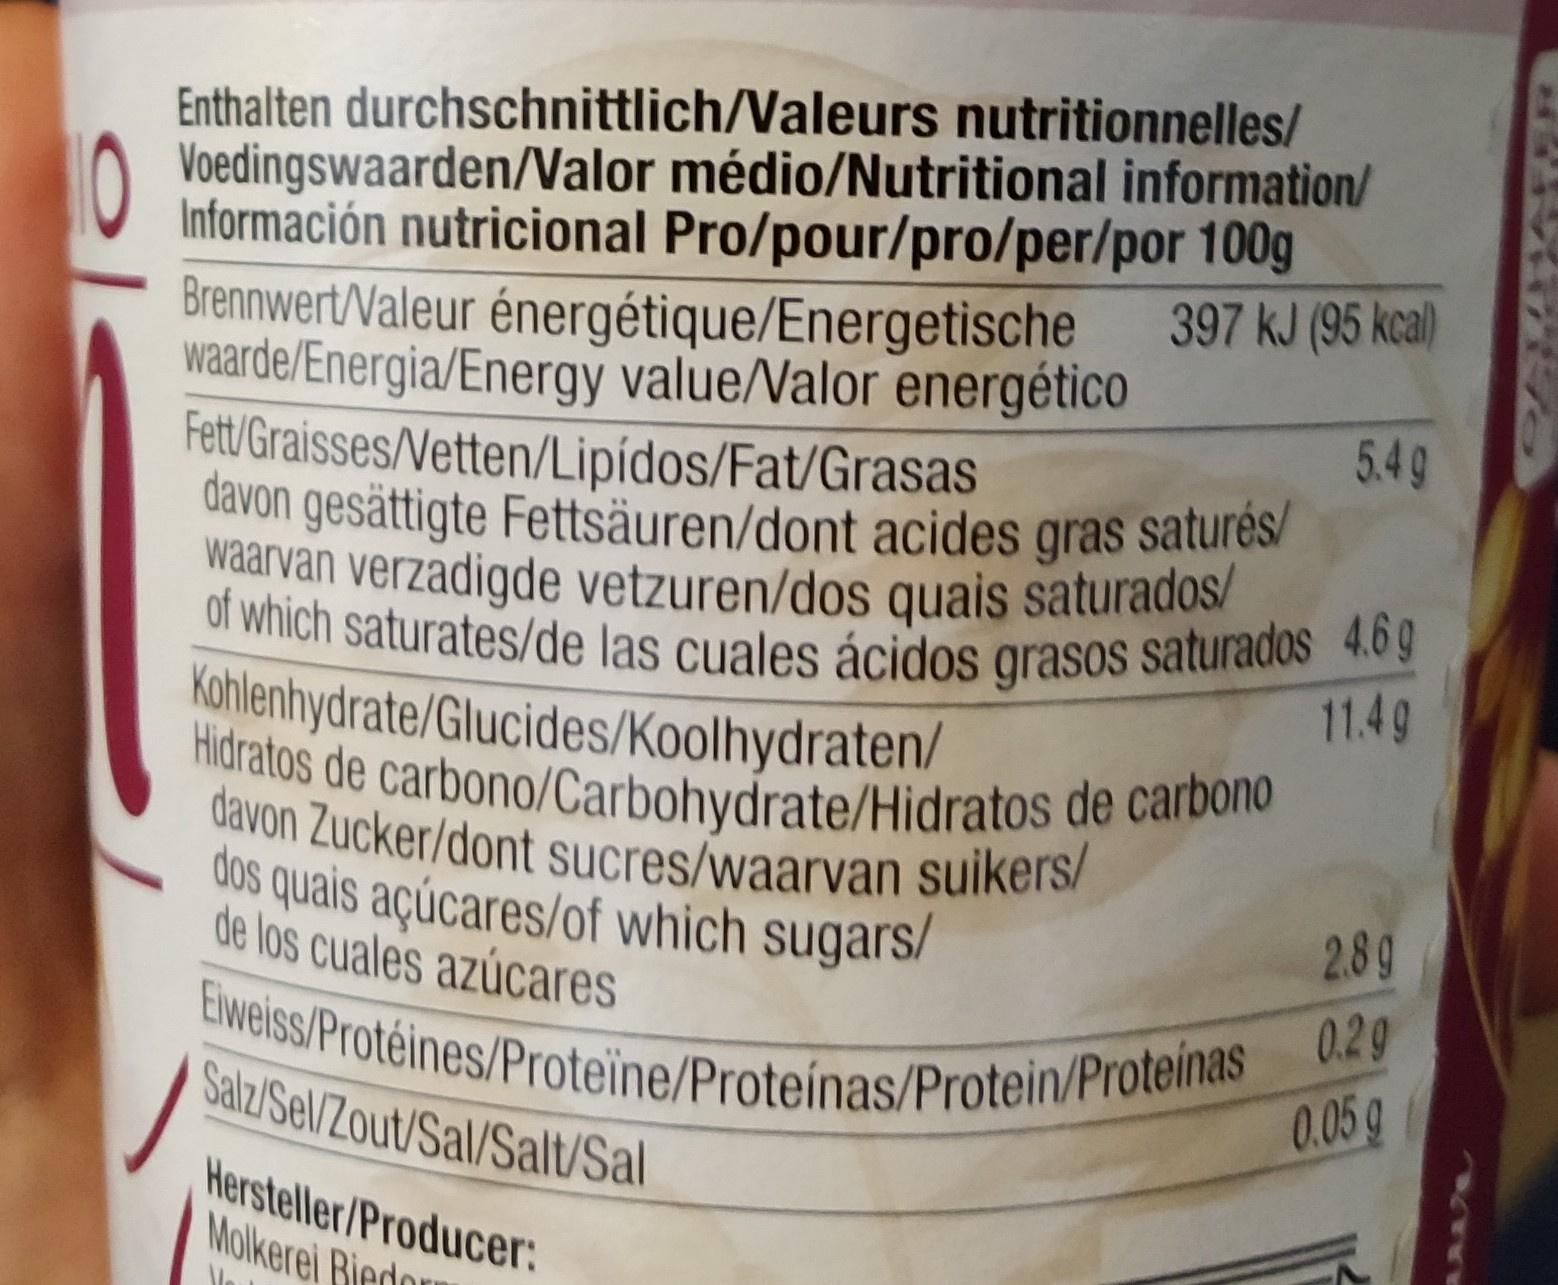
Enthalten durchschnittlich/Valeurs nutritionnelles/ O Voedingswaarden/Valor médio/Nutritional information/ Información nutricional Pro/pour/pro/per/por 100g Brennwert/Valeur énergétique/Energetische waarde/Energia/Energy value/Valor energético Fett/Graisses/Vetten/Lipídos/Fat/Grasas davon gesättigte Fettsäuren/dont acides gras saturés/ waarvan verzadigde vetzuren/dos quais saturados/ of which saturates/de las cuales ácidos grasos saturados 4.6g Kohlenhydrate/Glucides/Koolhydraten/ Hidratos de carbono/Carbohydrate/Hidratos de carbono davon Zucker/dont sucres/waarvan suikers/ dos quais açúcares/of which sugars/ de los cuales azúcares
397 kJ (95 kcal)
5.4g
11.4g
2.89
Eiweiss/Protéines/Proteïne/Proteínas/Protein/Proteinas 0.29 Salz/Sel/Zout/Sal/Salt/Sal
0.05 g
Hersteller/Producer: Molkerei Biedor